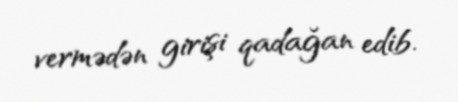
vermədən girişi qadağan edib.